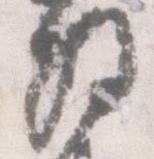
解